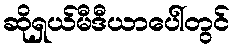
ဆိုရှယ်မီဒီယာပေါ်တွင်